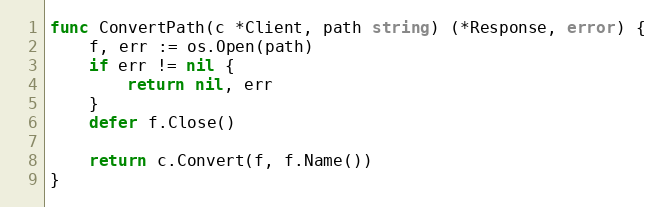
Language: Go
func ConvertPath(c *Client, path string) (*Response, error) {
	f, err := os.Open(path)
	if err != nil {
		return nil, err
	}
	defer f.Close()

	return c.Convert(f, f.Name())
}